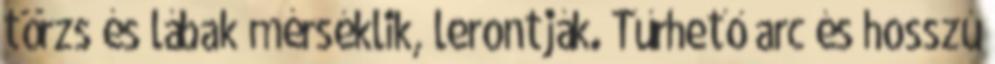
törzs és lábak mérséklik, lerontják. Tűrhető arc és hosszú